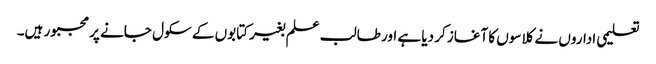
تعلیمی اداروں نے کلاسوں کا آغاز کر دیا ہے اور طالب علم بغیر کتابوں کے سکول جانے پر مجبور ہیں۔